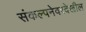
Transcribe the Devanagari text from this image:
संकल्पनेवरदेखील